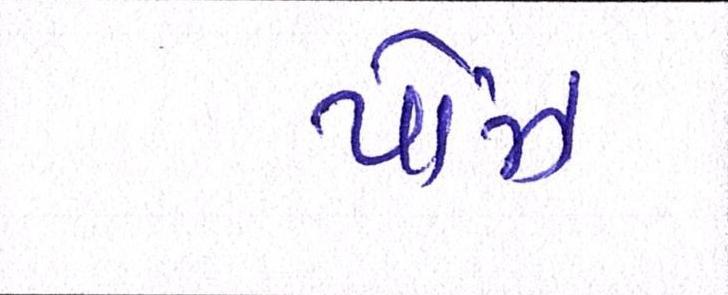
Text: પૉઝ